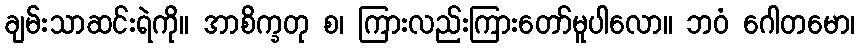
ချမ်းသာဆင်းရဲကို။ အာစိက္ခတု စ၊ ကြားလည်းကြားတော်မူပါလော။ ဘဝံ ဂေါတမော၊